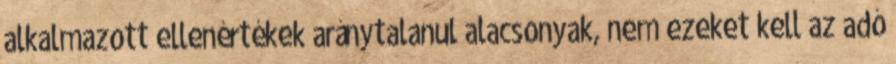
alkalmazott ellenértékek aránytalanul alacsonyak, nem ezeket kell az adó